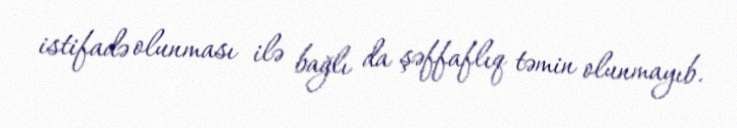
istifadə olunması ilə bağlı da şəffaflıq təmin olunmayıb.